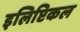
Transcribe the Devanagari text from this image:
इलिप्टिकल